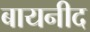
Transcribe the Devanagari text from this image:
बायनीद